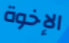
الإخوة